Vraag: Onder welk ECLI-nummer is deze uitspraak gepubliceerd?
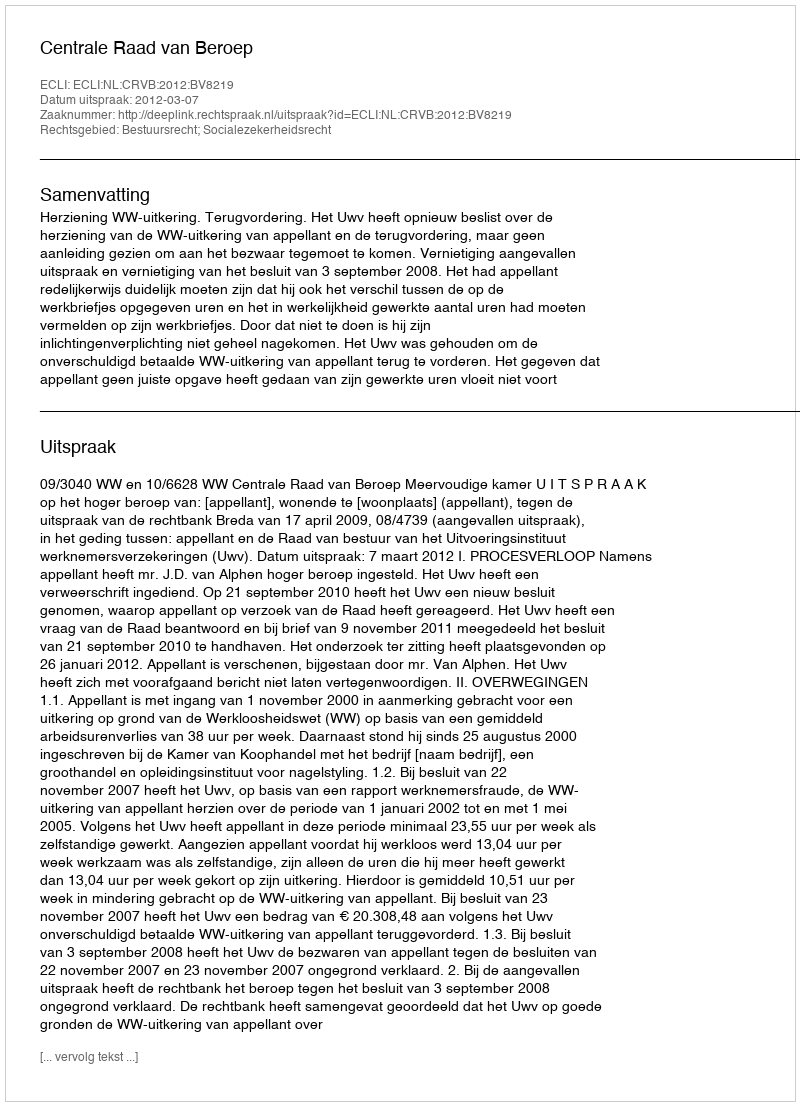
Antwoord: ECLI:NL:CRVB:2012:BV8219